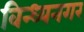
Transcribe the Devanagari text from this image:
विन्ध्यनगर